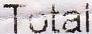
TOTAL